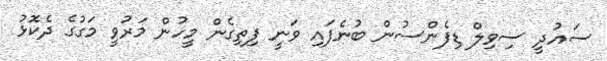
ސައުދީ ސިވިލް ޑިފެންސުން ބުނެފައި ވަނީ ފިތިގެން މީހުން މަރުވީ މަގުގެ ދެކޮޅު